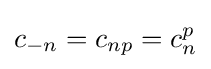
c_{-n}=c_{np}=c_{n}^{p}